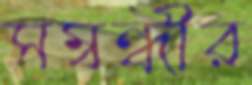
সম্বন্ধীর